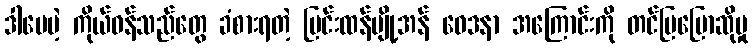
ဒါပေမဲ့ ကိုယ်ဝန်သည်တွေ ခံစားရတဲ့ ပြင်းထန်ပျို့အန် ဝေဒနာ အကြောင်းကို တင်ပြပြောဆိုမှု